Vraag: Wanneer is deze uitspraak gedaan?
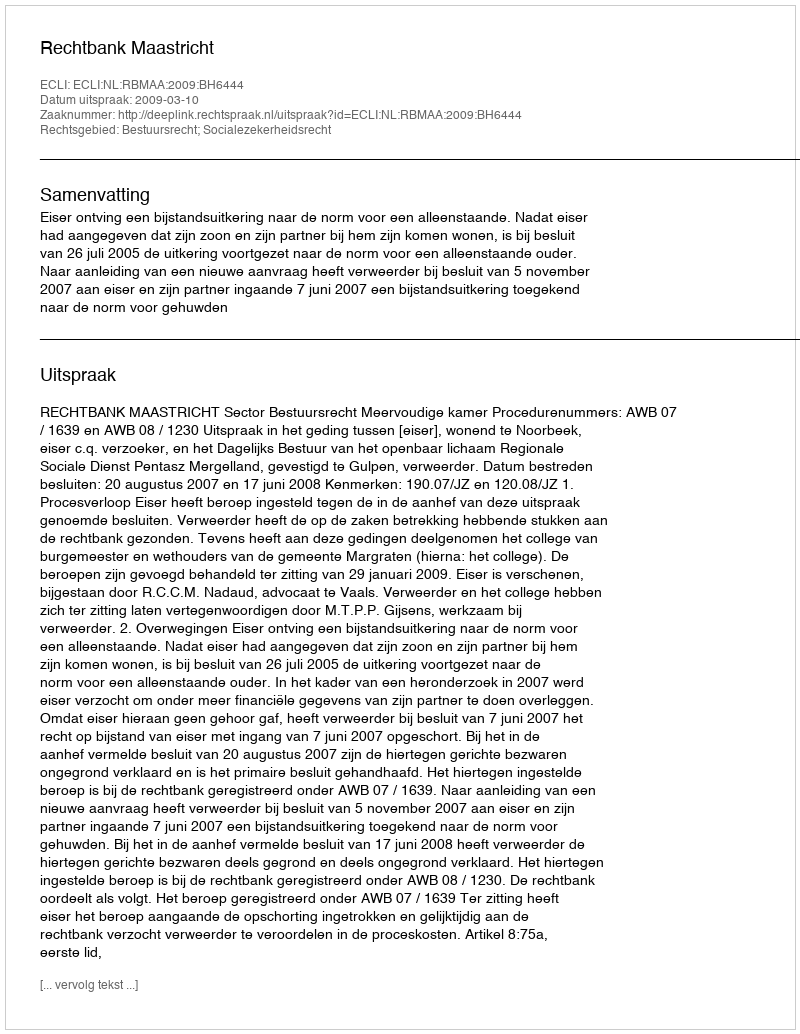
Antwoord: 2009-03-10